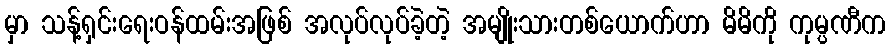
မှာ သန့်ရှင်းရေးဝန်ထမ်းအဖြစ် အလုပ်လုပ်ခဲ့တဲ့ အမျိုးသားတစ်ယောက်ဟာ မိမိကို ကုမ္ပဏီက